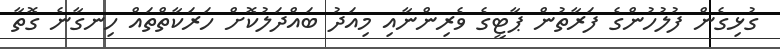
ގުޅިގެން ފުލުހުންގެ ފަރާތުން ޕާޓީގެ ވެރިންނާއި މިއަދު ބައްދަލުކޮށް ހަރަކާތްތައް ހިނގާނެ ގޮތާ